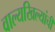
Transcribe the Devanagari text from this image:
वाल्यखिल्यांची